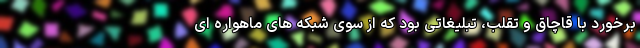
برخورد با قاچاق و تقلب، تبلیغاتی بود که از سوی شبکه های ماهواره ای